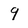
Character: 9